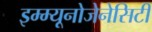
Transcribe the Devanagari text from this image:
इम्म्यूनोजेनेसिटी